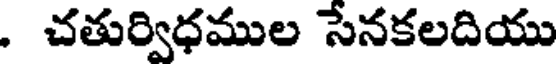
. చతుర్విధముల సేనకలదియు